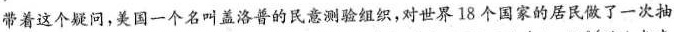
带着这个疑问，美国一个名叫盖洛普的民意测验组织，对世界18个国家的居民做了一次抽